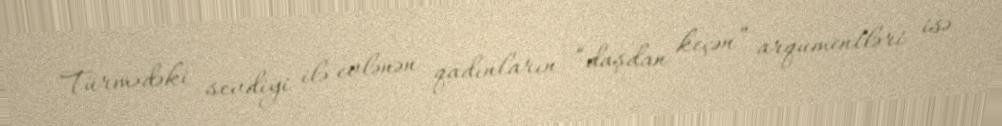
Türmədəki sevdiyi ilə evlənən qadınların “daşdan keçən” arqumentləri isə